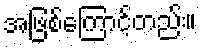
အဖြစ်ကြောင့်တည်း။